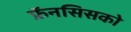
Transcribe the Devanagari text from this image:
फ्रॅनसिसको